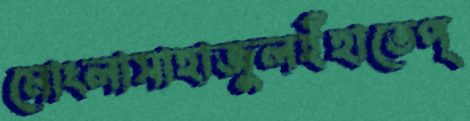
মোংলাসাহাজুলইঁহাতেপ্